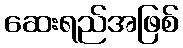
ဆေးရည်အဖြစ်